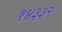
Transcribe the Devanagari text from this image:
१४३३२